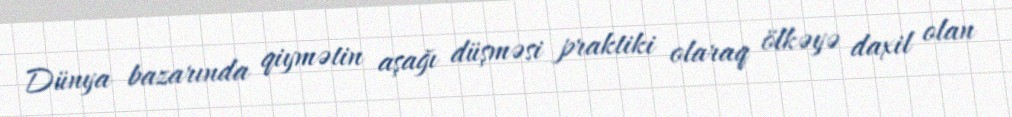
Dünya bazarında qiymətin aşağı düşməsi praktiki olaraq ölkəyə daxil olan